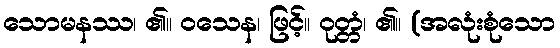
သောမနဿ၊ ၏။ ဝသေန၊ ဖြင့်။ ဝုတ္တံ၊ ၏။ (အလုံးစုံသော